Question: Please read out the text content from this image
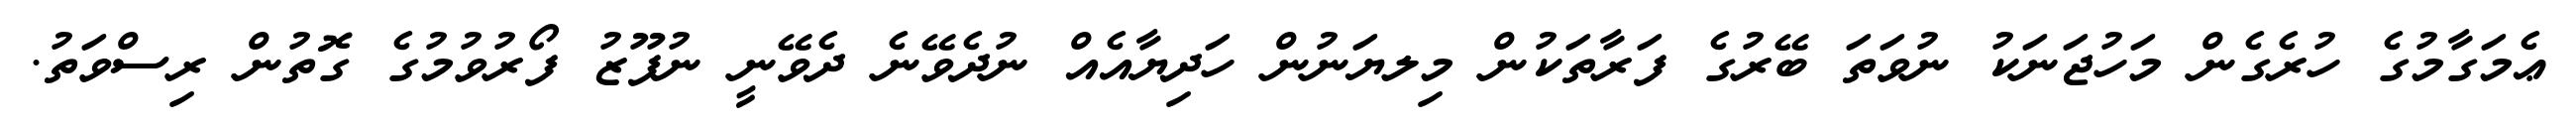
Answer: ޢެމަގާމުގެ ހުރެގެން މަހުޖަނަކު ނުވަތަ ބޭރުގެ ފަރާތަކުން މިލޔަނުން ހަދިޔާއެއް ނުދެވޭނެ ދެވޭނީ ނުފޫޒު ފޯރުވުމުގެ ގޮތުން ރިސްވަތު.